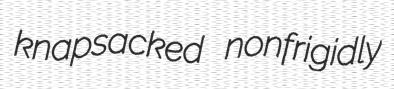
knapsacked nonfrigidly